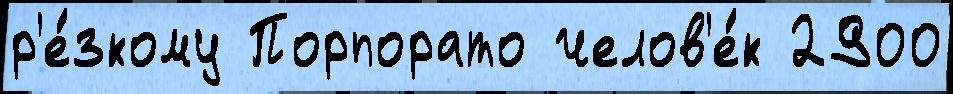
р'е́зкому Порпорато челов'е́к 2900